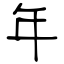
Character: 年